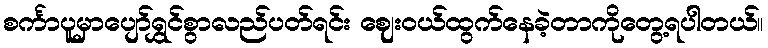
စင်္ကာပူမှာပျော်ရွှင်စွာလည်ပတ်ရင်း ဈေးဝယ်ထွက်နေခဲ့တာကိုတွေ့ရပါတယ်။